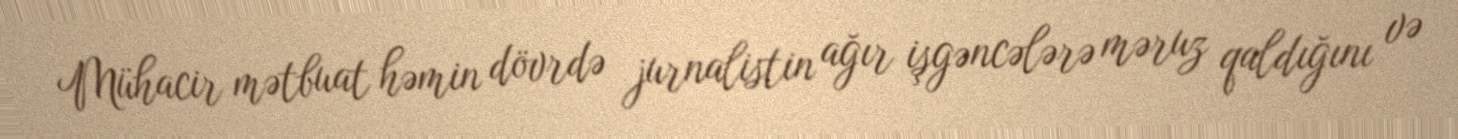
Mühacir mətbuat həmin dövrdə jurnalistin ağır işgəncələrə məruz qaldığını və